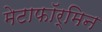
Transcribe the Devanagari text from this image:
मेटाफॉर्मिन